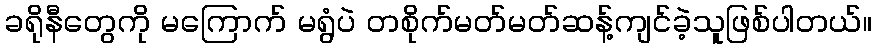
ခရိုနီတွေကို မကြောက် မရွံပဲ တစိုက်မတ်မတ်ဆန့်ကျင်ခဲ့သူဖြစ်ပါတယ်။